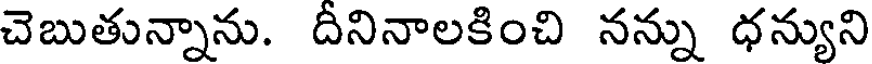
చెబుతున్నాను. దీనినాలకించి నన్ను ధన్యుని